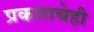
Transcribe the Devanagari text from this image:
प्रकाराचेही